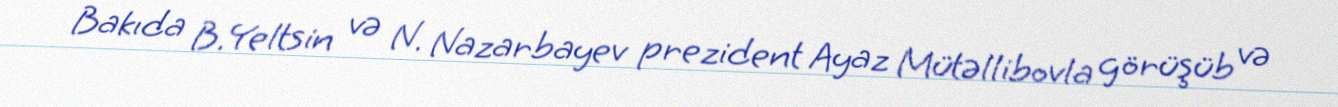
Bakıda B.Yeltsin və N. Nazarbayev prezident Ayaz Mütəllibovla görüşüb və